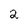
Character: 2